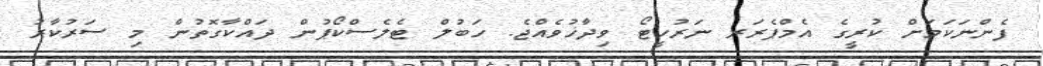
ފެންނަކަމަށް ކުރީގެ އެމްޕެރަރ ނަރުހީޓޯ ވިދާޚުވެއްޖެ. ހަބުލް ޓެލެސްކޯޕުން ދައްކާގޮތުން މި ސަރުކާރު